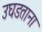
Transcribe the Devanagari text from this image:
उघडताना